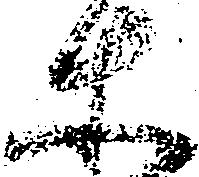
等